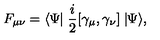
F _ { \mu \nu } = \langle \Psi \! \! \mid \frac { i } { 2 } [ \gamma _ { \mu } , \gamma _ { \nu } ] \mid \! \! \Psi \rangle ,